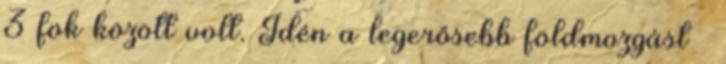
3 fok között volt. Idén a legerősebb földmozgást –